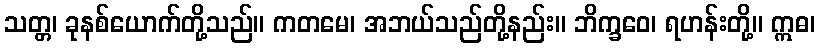
သတ္တ၊ ခုနစ်ယောက်တို့သည်။ ကတမေ၊ အဘယ်သည်တို့နည်း။ ဘိက္ခဝေ၊ ရဟန်းတို့။ ဣဓ၊